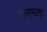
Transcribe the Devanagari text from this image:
फ़रमाए